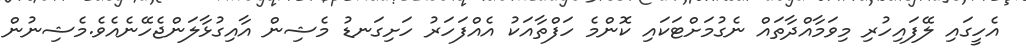
އެހީގައި ލޭފައިހުރި މިވަމާއްދާތައް ނެގުމަށްޓަކައި ކޮންމެ ހަފްތާއަކު އެއްފަހަރު ހަށިގަނޑު މެޝިން އާއިގުޅާލަންޖެހޭނެއެވެ.މެޝިނުން